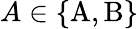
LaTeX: A\in\{ \mathrm{A},\mathrm{B}\}